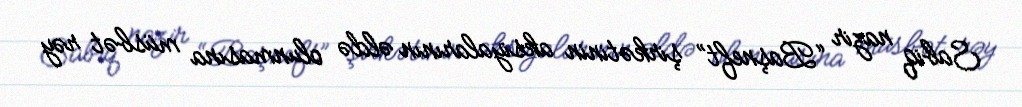
Sabiq nazir “Başneft” şirkətinin aksiyalarının əldə olunmasına müsbət rəy